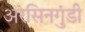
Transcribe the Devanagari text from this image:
अरसिनगुंडी